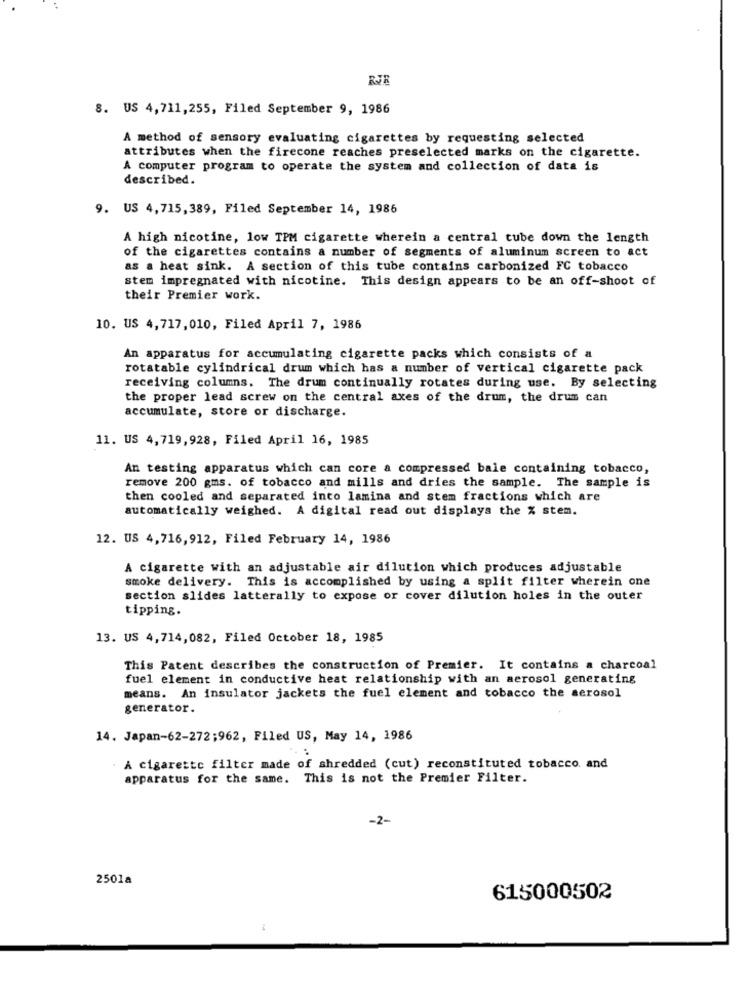
RJE
8. US 4,711,255, Filed September 9, 1986
A method of sensory evaluating cigarettes by requesting selected
attributes when the firecone reaches preselected marks on the cigarette.
A computer program to operate the system and collection of data is
described.
9. US 4,715,389, Filed September 14, 1986
A high nicotine, low TPM cigarette wherein a central tube down the length
of the cigarettes contains a number of segments of aluminum screen to act
as a heat sink. A section of this tube contains carbonized FC tobacco
stem impregnated with nicotine. This design appears to be an off-shoot of
their Premier work.
10. US 4,717,010, Filed April 7, 1986
An apparatus for accumulating cigarette packs which consists of a
rotatable cylindrical drum which has a number of vertical cigarette pack
receiving columns. The drum continually rotates during use. By selecting
the proper lead screw on the central axes of the drum, the drum can
accumulate, store or discharge.
11. US 4,719,928, Filed April 16, 1985
An testing apparatus which can core a compressed bale containing tobacco,
remove 200 gms. of tobacco and mills and dries the sample. The sample is
then cooled and separated into lamina and stem fractions which are
automatically weighed. A digital read out displays the % stem.
12. US 4,716,912, Filed February 14, 1986
A cigarette with an adjustable air dilution which produces adjustable
smoke delivery. This is accomplished by using a split filter wherein one
section slides latterally to expose or cover dilution holes in the outer
tipping.
13. US 4,714,082, Filed October 18, 1985
This Patent describes the construction of Premier. It contains a charcoal
fuel element in conductive heat relationship with an aerosol generating
means. An insulator jackets the fuel element and tobacco the aerosol
generator.
14. Japan-62-272;962, Filed US, May 14, 1986
A cigarette filter made of shredded (cut) reconstituted tobacco. and
apparatus for the same. This is not the Premier Filter.
-2-
2501a
615000502